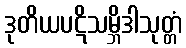
ဒုတိယပဋိသမ္ဘိဒါသုတ္တံ